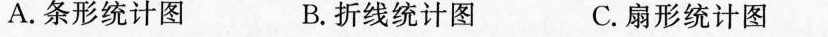
A.条形统计图 B.折线统计图 C.扇形统计图